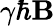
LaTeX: \gamma\hbar\mathbf{B}